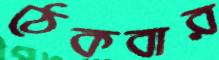
ঠেকবার